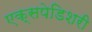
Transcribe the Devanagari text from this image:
एक्सपेडिशरी